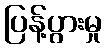
ပြန့်ပွားမှု